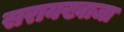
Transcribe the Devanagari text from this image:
सरायख्वाजा